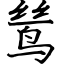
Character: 鸶